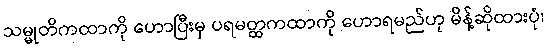
သမ္မုတိကထာကို ဟောပြီးမှ ပရမတ္ထကထာကို ဟောရမည်ဟု မိန့်ဆိုထားပုံ၊